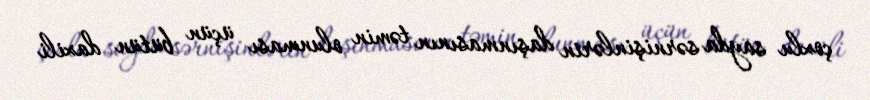
çoxlu sayda sərnişinlərin daşınmasının təmin olunması üçün bütün daxili